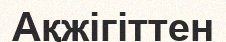
Ақжігіттен